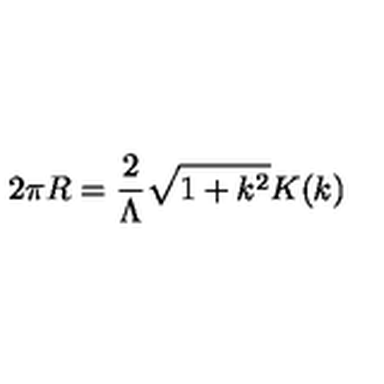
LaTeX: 2 \pi R = \frac { 2 } { \Lambda } \sqrt { 1 + k ^ { 2 } } K ( k )